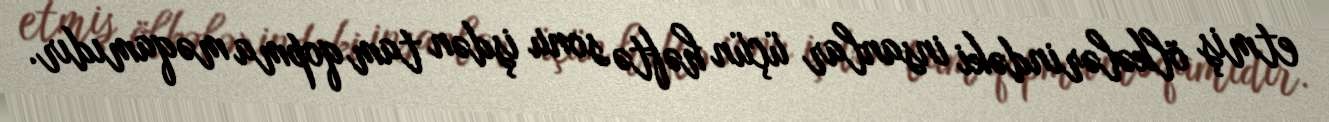
etmiş ölkələrindəki insanlar üçün həftə sonu işdən tam qopma məqamıdır.